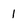
Character: 1